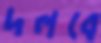
দলবে